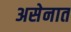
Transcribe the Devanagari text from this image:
असेनात